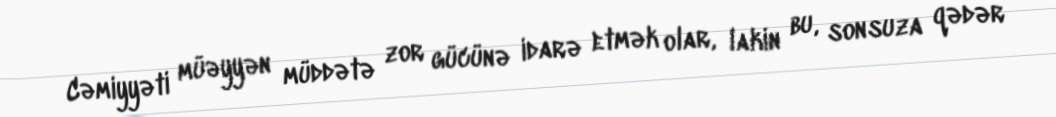
Cəmiyyəti müəyyən müddətə zor gücünə idarə etmək olar, lakin bu, sonsuza qədər